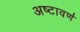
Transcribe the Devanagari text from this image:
अष्टावर्ण